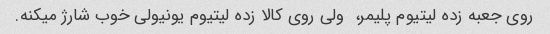
روی جعبه زده لیتیوم پلیمر،  ولی روی کالا زده لیتیوم یونیولی خوب شارژ میکنه.